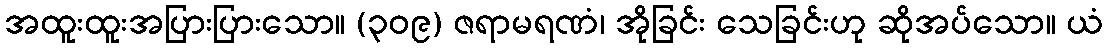
အထူးထူးအပြားပြားသော။ (၃၀၉) ဇရာမရဏံ၊ အိုခြင်း သေခြင်းဟု ဆိုအပ်သော။ ယံ